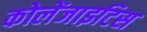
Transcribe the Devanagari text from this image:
कोलेंजाइटिस